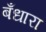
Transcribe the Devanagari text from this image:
बँधारा